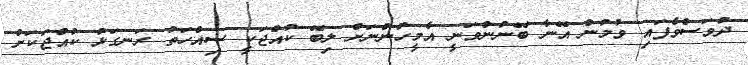
ދުވަސްވެފައި ވުމުން އޭނާ ބޭނުންވަނީ އެމީހުންނަށް ލިބޭ ކުއްޖަކީ ސިއްހަތު ރަނގަޅު ކުއްޖަކަށް